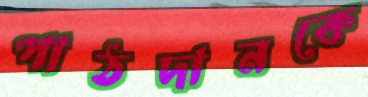
পাঠদানকে